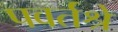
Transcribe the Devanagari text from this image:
पवर्तश्रे